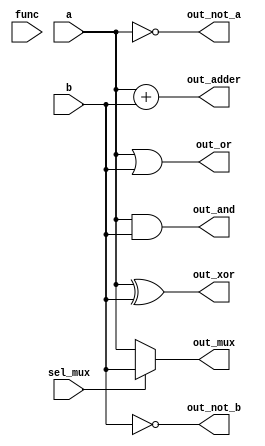
module comb_logic_block(
    input  wire [3:0] a,         // 4-bit input for operations
    input  wire [3:0] b,         // 4-bit input for operations
    input  wire sel_mux,         // Select line for multiplexer
    input  wire [1:0] func,      // Function selector for adder, logical operations
    output wire [3:0] out_and,   // Output for AND operation
    output wire [3:0] out_or,    // Output for OR operation
    output wire [3:0] out_not_a,  // Output for NOT operation on a
    output wire [3:0] out_not_b,  // Output for NOT operation on b
    output wire [3:0] out_xor,   // Output for XOR operation
    output wire [3:0] out_mux,    // Output for multiplexer
    output wire [3:0] out_adder   // Output for the adder
);

// Combinational Logic
assign out_and = a & b;            // AND operation
assign out_or  = a | b;            // OR operation
assign out_not_a = ~a;             // NOT operation on a
assign out_not_b = ~b;             // NOT operation on b
assign out_xor = a ^ b;            // XOR operation

// 4-to-1 Multiplexer
assign out_mux = (sel_mux == 1'b0) ? a :
                 (sel_mux == 1'b1) ? b :
                 4'b0000; // Default case, can add more select lines

// Simple 4-bit Adder
assign out_adder = a + b;          // Addition

// Testability: You can add assertions or test signals based on your simulation plan

endmodule